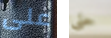
على حتى